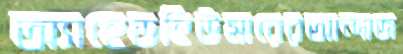
অ্যাহেডহিউমারেরআন্দাজ